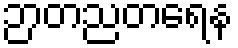
ဉာတညတရေန